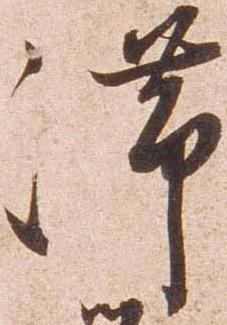
滞